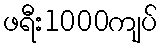
ဖရီး1000ကျပ်